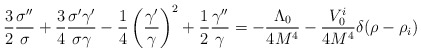
\begin{align*}{3 \over 2}{\sigma'' \over \sigma}+{3 \over 4}{\sigma'\gamma' \over\sigma \gamma}-{1 \over 4}\left({\gamma' \over \gamma}\right)^2+{1\over 2}{\gamma'' \over \gamma}=-{\Lambda_0 \over 4M^4}-{V^i_0 \over 4M^4}\delta(\rho-\rho_i)\end{align*}